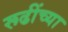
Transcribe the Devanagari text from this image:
रूढींच्या